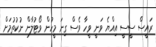
ރައީސް ސީސީ އިއްޔެ ވަނީ ވީހާ ވެސް ގިނަ މީހުން ވޯޓުލާން ނުކުތުމަށް